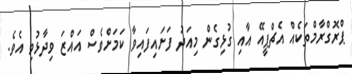
ޕްރޮގްރާމްތަކެއް އެޗްޕީއޭ އާއި ގުޅިގެން މިއަދު ފަށައިފައިވާ ކަމަށްވެސް އައްޒަ ވިދާޅުވި އެވެ.